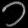
Digit: ၁